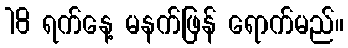
18 ရက်နေ့ မနက်ဖြန် ရောက်မည်။